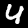
Label: 4